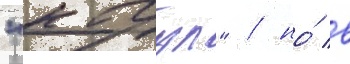
"кагул" / но́ в